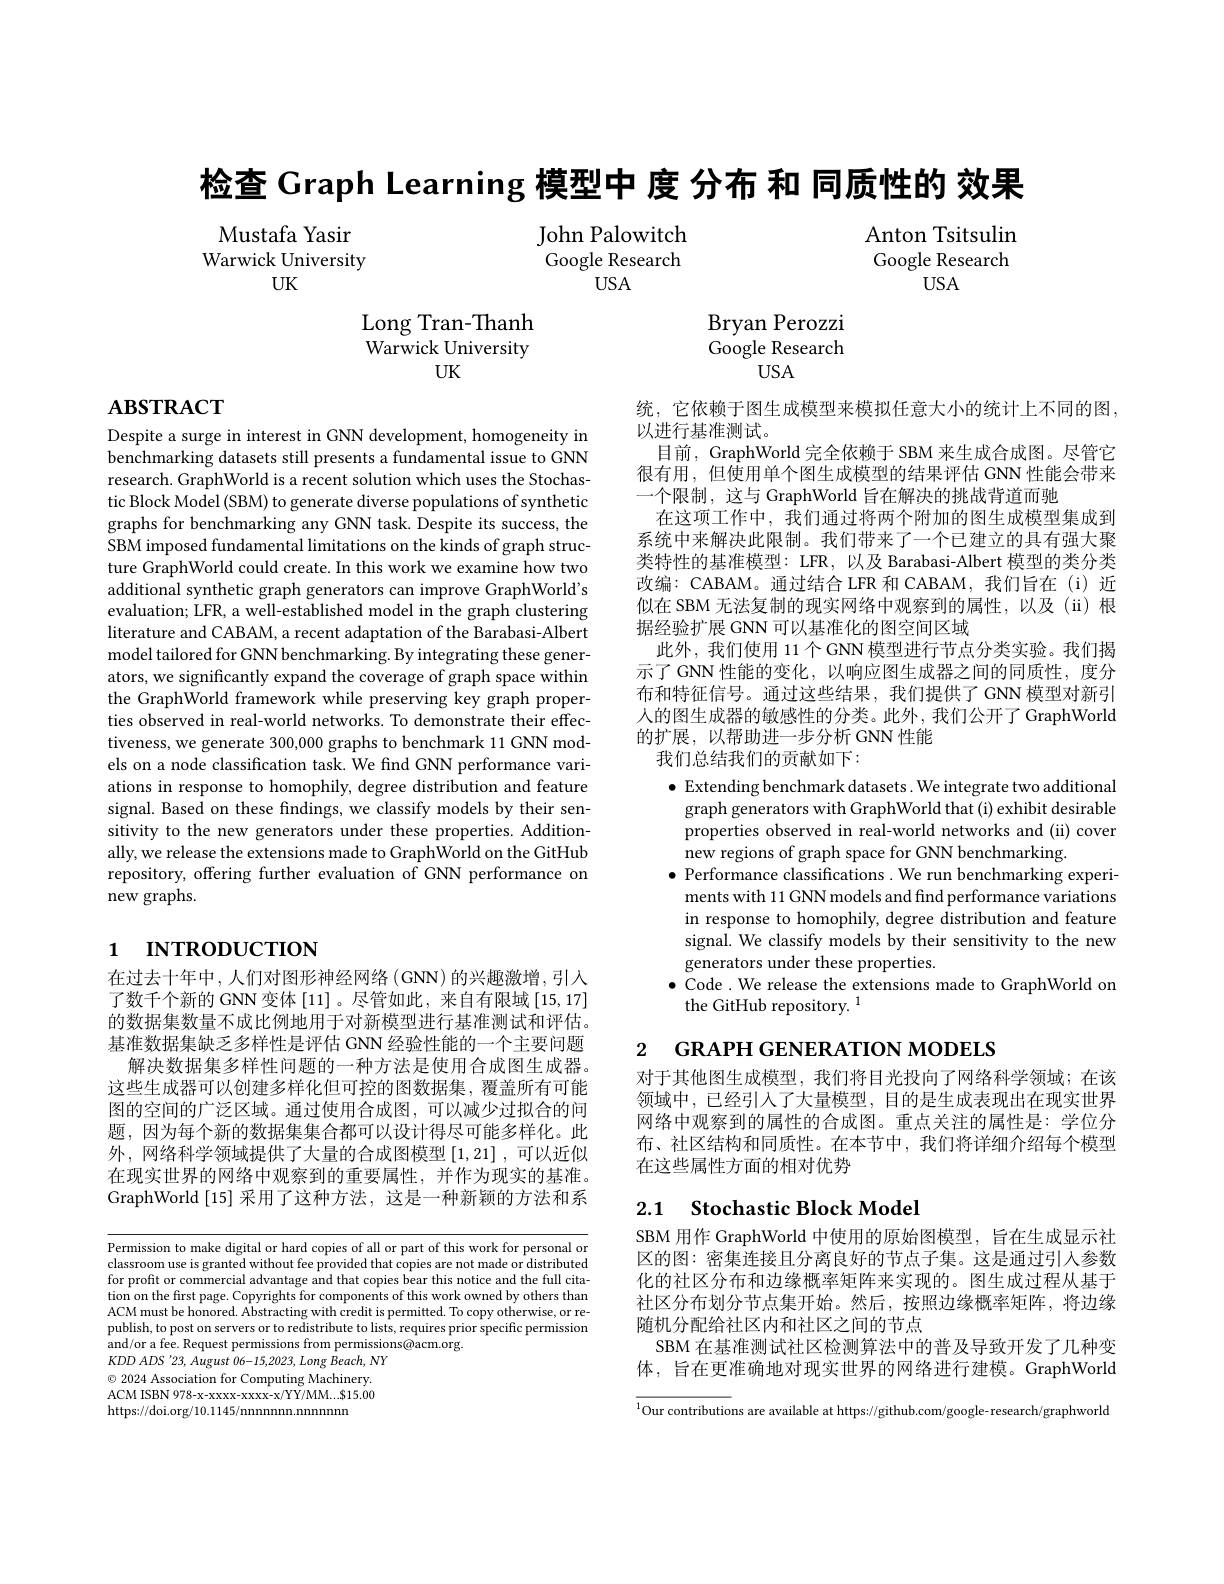
检查 Graph Learning 模型中 度 分布 和 同质性的 效果

Mustafa Yasir Warwick University
UK

John Palowitch Google Research
$USA$

Anton Tsitsulin Google Research
$USA$

Long Tran-Thanh Warwick University
UK

$\operatorname{Bryan}$Perozzi Google Research
$USA$

$\mathbf{ABSTRACT}$

Despite a surge in interest in GNN development, homogeneity in benchmarking datasets still presents a fundamental issue to GNN research. GraphWorld is a recent solution which uses the Stochastic Block Model (SBM) to generate diverse populations of synthetic graphs for benchmarking any GNN task. Despite its success, the SBM imposed fundamental limitations on the kinds of graph structure GraphWorld could create. In this work we examine how two additional synthetic graph generators can improve GraphWorld's evaluation; LFR, a well-established model in the graph clustering literature and CABAM, a recent adaptation of the Barabasi-Albert model tailored for GNN benchmarking. By integrating these generators, we significantly expand the coverage of graph space within the GraphWorld framework while preserving key graph properties observed in real-world networks. To demonstrate their effectiveness, we generate 300,000 graphs to benchmark 11 GNN models on a node classification task. We find GNN performance variations in response to homophily, degree distribution and feature signal. Based on these findings, we classify models by their sensitivity to the new generators under these properties. Additionally, we release the extensions made to GraphWorld on the GitHub repository, offering further evaluation of GNN performance on new graphs.

统，它依赖于图生成模型来模拟任意大小的统计上不同的图，
以进行基准测试。
目前，GraphWorld 完全依赖于 SBM 来生成合成图。尽管它很有用，但使用单个图生成模型的结果评估 GNN 性能会带来一个限制，这与 GraphWorld 旨在解决的挑战背道而驰
在这项工作中，我们通过将两个附加的图生成模型集成到系统中来解决此限制。我们带来了一个已建立的具有强大聚类特性的基准模型：LFR, 以及 Barabasi-Albert 模型的类分类改编：CABAM。通过结合 LFR 和 CABAM, 我们旨在 (i) 近似在 SBM 无法复制的现实网络中观察到的属性，以及(ii)根据经验扩展 GNN 可以基准化的图空间区域
此外，我们使用 11个GNN 模型进行节点分类实验。我们揭示了 GNN 性能的变化，以响应图生成器之间的同质性，度分布和特征信号。通过这些结果，我们提供了GNN 模型对新引人的图生成器的敏感性的分类。此外，我们公开了GraphWorld 的扩展，以帮助进一步分析 GNN 性能
我们总结我们的贡献如下：
$\bullet$ Extending benchmark datasets. We integrate two additional graph generators with GraphWorld that(i) exhibit desirable properties observed in real-world networks and (ii) cover new regions of graph space for GNN benchmarking.
$\bullet$ Performance classifications. We run benchmarking experi-
ments with 11 GNN models and find performance variations in response to homophily, degree distribution and feature signal. We classify models by their sensitivity to the new generators under these properties.
$\bullet$ Code . We release the extensions made to GraphWorld on
the GitHub repository. 1

# 1 INTRODUCTION

2 GRAPH GENERATION MODELS

在过去十年中，人们对图形神经网络(GNN)的兴趣激增，引入了数千个新的 GNN 变体 [11]。尽管如此，来自有限域 [15,17] 的数据集数量不成比例地用于对新模型进行基准测试和评估。基准数据集缺乏多样性是评估 GNN 经验性能的一个主要问题
解决数据集多样性问题的一种方法是使用合成图生成器。这些生成器可以创建多样化但可控的图数据集，覆盖所有可能图的空间的广泛区域。通过使用合成图，可以减少过拟合的问题，因为每个新的数据集集合都可以设计得尽可能多样化。此外，网络科学领域提供了大量的合成图模型[1,21] ,可以近似在现实世界的网络中观察到的重要属性，并作为现实的基准。GraphWorld[15]采用了这种方法，这是一种新颖的方法和系

对于其他图生成模型，我们将目光投向了网络科学领域；在该领域中，已经引人了大量模型，目的是生成表现出在现实世界网络中观察到的属性的合成图。重点关注的属性是：学位分布、社区结构和同质性。在本节中，我们将详细介绍每个模型在这些属性方面的相对优势

# 2.1 Stochastic Block Model

SBM 用作 GraphWorld 中使用的原始图模型，旨在生成显示社区的图：密集连接且分离良好的节点子集。这是通过引人参数化的社区分布和边缘概率矩阵来实现的。图生成过程从基于社区分布划分节点集开始。然后，按照边缘概率矩阵，将边缘随机分配给社区内和社区之间的节点
SBM 在基准测试社区检测算法中的普及导致开发了几种变体，旨在更准确地对现实世界的网络进行建模。GraphWorld

Permission to make digital or hard copies of all or part of this work for personal or classroom use is granted without fee provided that copies are not made or distributed for profit or commercial advantage and that copies bear this notice and the full citation on the first page. Copyrights for components of this work owned by others than ACM must be honored. Abstracting with credit is permitted. To copy otherwise, or republish, to post on servers or to redistribute to lists, requires prior specific permission and/or a fee. Request permissions from permissions@acm.org.
$KDDADS$ '23, August 06-15,2023, Long Beach, NY $\odot$ 2024 Association for Computing Machinery. ACM ISBN 978-x-xxxx-xxxx-x/YY/MM...$15.00 https://doi.org/10.1145/nnnnnnn.nnnnn

$\overline{^{1}\text{Our contributions are available at https://github.com/google-research/graphworlo}}$